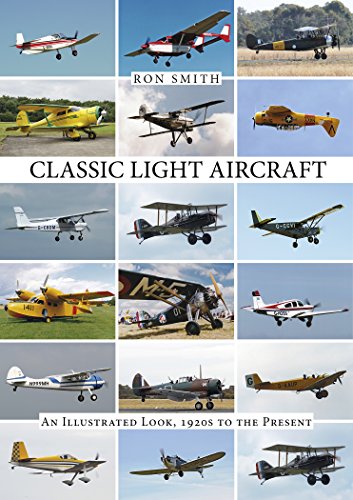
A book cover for Classic Light Aircraft: An Illustrated Look, 1920s to the Present; Ron Smith; Arts & Photography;